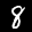
Label: 8